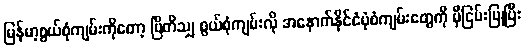
မြန်မာ့စွယ်စုံကျမ်းကိုတော့ ဗြိတိသျှ စွယ်စုံကျမ်းလို အနောက်နိုင်ငံပုံစံကျမ်းတွေကို မှီငြမ်းပြုပြီး